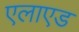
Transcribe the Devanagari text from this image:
एलाएड